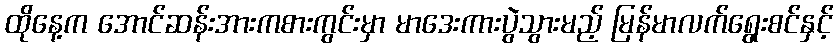
ထိုနေ့က အောင်ဆန်းအားကစားကွင်းမှာ မာဒေးကားပွဲသွားမည့် မြန်မာလက်ရွေးစင်နှင့်